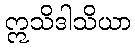
ဣသိဒါသိယာ